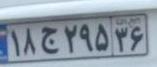
۱۸ج۲۹۵۳۶